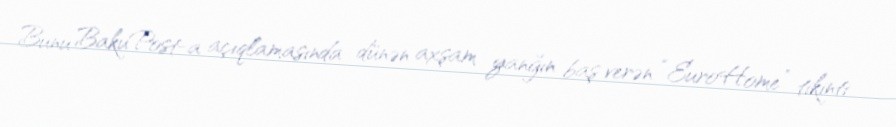
Bunu BakuPost-a açıqlamasında dünən axşam yanğın baş verən “EuroHome” tikinti